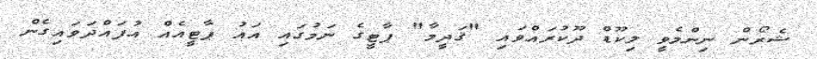
ޝެރޯން ނިންމެވީ ލިކޫޑް ދޫކުރައްވައި "ޤަދީމާ" ޕާޓީގެ ނަމުގައި އައު ޕާޓީއެއް އުފައްދަވައިގެން